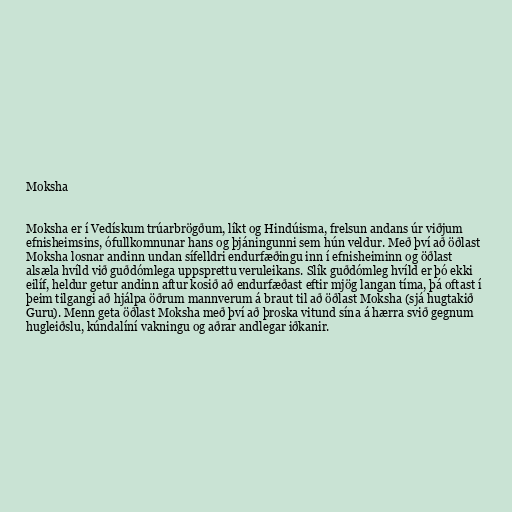
Moksha

Moksha er í Vedískum trúarbrögðum, líkt og Hindúisma, frelsun andans úr viðjum
efnisheimsins, ófullkomnunar hans og þjáningunni sem hún veldur. Með því að öðlast
Moksha losnar andinn undan sífelldri endurfæðingu inn í efnisheiminn og öðlast
alsæla hvíld við guðdómlega uppsprettu veruleikans. Slík guðdómleg hvíld er þó ekki
eilíf, heldur getur andinn aftur kosið að endurfæðast eftir mjög langan tíma, þá oftast í
þeim tilgangi að hjálpa öðrum mannverum á braut til að öðlast Moksha (sjá hugtakið
Guru). Menn geta öðlast Moksha með því að þroska vitund sína á hærra svið gegnum
hugleiðslu, kúndalíní vakningu og aðrar andlegar iðkanir.